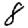
Digit: 8